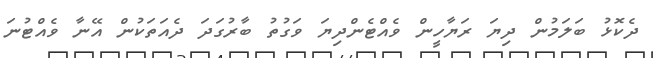
ދެކޮޅު ބަލަމުން ދިޔަ ރަޔާހީން ވެއްޓެންދިޔަ ވަގުތު ބާރުގަދަ ދެއަތަކުން އޭނާ ވެއްޓުނަ